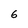
Character: 6